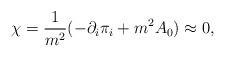
LaTeX: \begin{align*}\chi = \frac{1}{m^2}(-\partial_i\pi_i + m^2A_0) \approx 0,\end{align*}